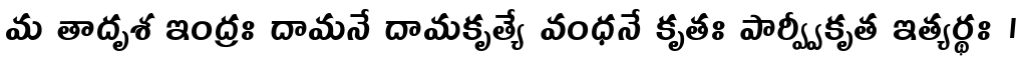
మ తాదృశ ఇంద్రః దామనే దామకృత్యే వంధనే కృతః పార్వ్వీకృత ఇత్యర్థః ।